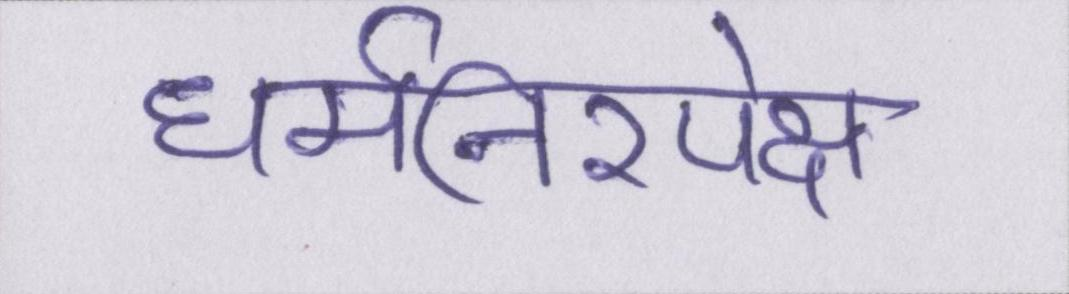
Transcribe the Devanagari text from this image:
धर्मनिरपेक्ष